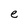
Character: e